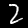
Digit: 2